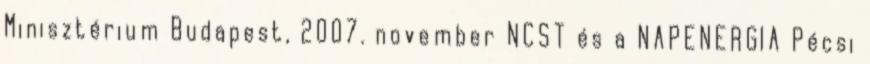
Minisztérium Budapest, 2007. november NCST és a NAPENERGIA Pécsi